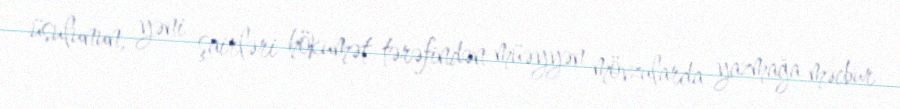
üsulunun, yəni şairləri hökumət tərəfindən müəyyən mövzularda yazmağa məcbur